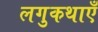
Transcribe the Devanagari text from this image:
लगुकथाएँ